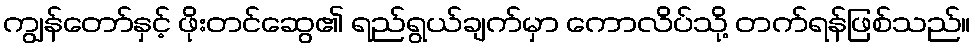
ကျွန်တော်နှင့် ဖိုးတင်ဆွေ၏ ရည်ရွယ်ချက်မှာ ကောလိပ်သို့ တက်ရန်ဖြစ်သည်။